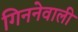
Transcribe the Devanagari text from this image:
गिननेवाली